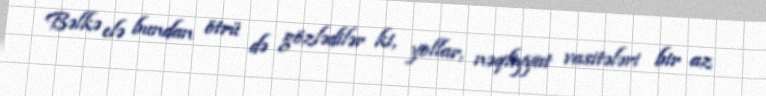
Bəlkə elə bundan ötrü də gözlədilər ki, yollar, nəqliyyat vasitələri bir az